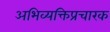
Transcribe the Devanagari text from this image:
अभिव्यक्तिप्रचारक